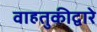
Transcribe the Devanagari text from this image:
वाहतुकीद्वारे